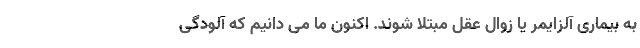
به بیماری آلزایمر یا زوال عقل مبتلا شوند. اکنون ما می دانیم که آلودگی